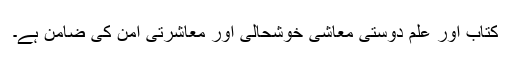
کتاب اور علم دوستی معاشی خوشحالی اور معاشرتی امن کی ضامن ہے۔